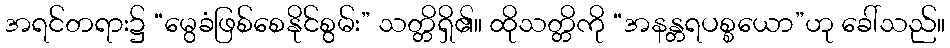
အရင်တရား၌ “မွေခံဖြစ်စေနိုင်စွမ်း” သတ္တိရှိ၏။ ထိုသတ္တိကို “အနန္တရပစ္စယော”ဟု ခေါ်သည်။